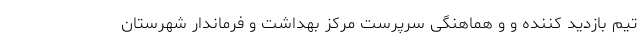
تیم بازدید کننده و و هماهنگی سرپرست مرکز بهداشت و فرماندار شهرستان